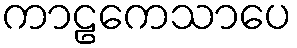
ကာဠကေသာပေ